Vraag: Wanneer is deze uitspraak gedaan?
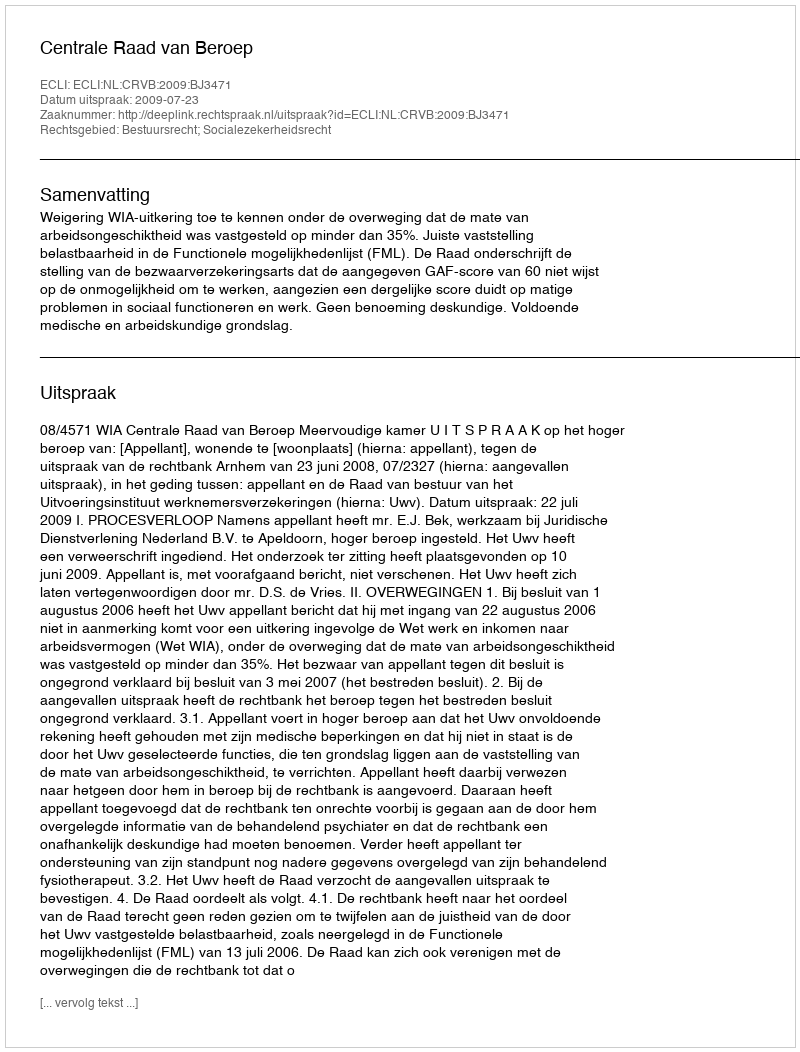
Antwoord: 2009-07-23